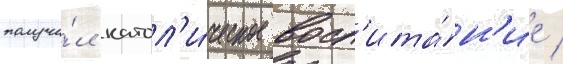
получи́л катол'и́ческое восп'ита́н'ие /